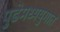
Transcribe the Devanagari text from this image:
पुढेमध्ययुगात